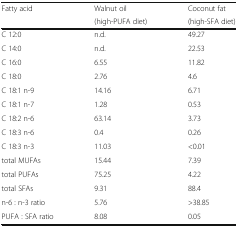
<table><thead><tr><td rowspan="2"><b>Fatty acid</b></td><td><b>Walnut oil</b></td><td><b>Coconut fat</b></td></tr><tr><td><b>(high-PUFA diet)</b></td><td><b>(high-SFA diet)</b></td></tr></thead><tbody><tr><td>C 12:0</td><td>n.d.</td><td>49.27</td></tr><tr><td>C 14:0</td><td>n.d.</td><td>22.53</td></tr><tr><td>C 16:0</td><td>6.55</td><td>11.82</td></tr><tr><td>C 18:0</td><td>2.76</td><td>4.6</td></tr><tr><td>C 18:1 n-9</td><td>14.16</td><td>6.71</td></tr><tr><td>C 18:1 n-7</td><td>1.28</td><td>0.53</td></tr><tr><td>C 18:2 n-6</td><td>63.14</td><td>3.73</td></tr><tr><td>C 18:3 n-6</td><td>0.4</td><td>0.26</td></tr><tr><td>C 18:3 n-3</td><td>11.03</td><td>&lt;0.01</td></tr><tr><td>total MUFAs</td><td>15.44</td><td>7.39</td></tr><tr><td>total PUFAs</td><td>75.25</td><td>4.22</td></tr><tr><td>total SFAs</td><td>9.31</td><td>88.4</td></tr><tr><td>n-6 : n-3 ratio</td><td>5.76</td><td>&gt;38.85</td></tr><tr><td>PUFA : SFA ratio</td><td>8.08</td><td>0.05</td></tr></tbody></table>